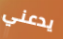
يدعني